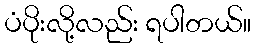
ပံပိုးလို့လည်း ရပါတယ်။